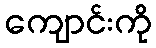
ကျောင်းကို